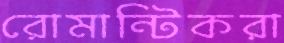
রোমান্টিকরা